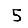
Digit: 5